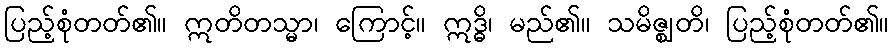
ပြည့်စုံတတ်၏။ ဣတိတသ္မာ၊ ကြောင့်။ ဣဒ္ဓိ၊ မည်၏။ သမိဇ္ဈတိ၊ ပြည့်စုံတတ်၏။